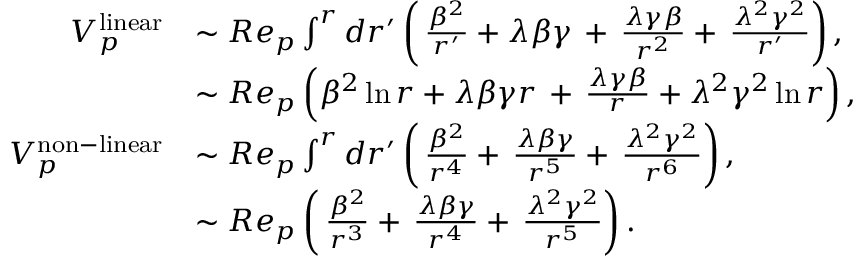
\begin{array} { r l } { V _ { p } ^ { \mathrm { l i n e a r } } } & { \sim R e _ { p } \int ^ { r } d r ^ { \prime } \left( \, \frac { \beta ^ { 2 } } { r ^ { \prime } } + \lambda \beta \gamma \, + \, \frac { \lambda \gamma \beta } { r ^ { 2 } } + \, \frac { \lambda ^ { 2 } \gamma ^ { 2 } } { r ^ { \prime } } \right) , } \\ & { \sim R e _ { p } \left( \beta ^ { 2 } \ln r + \lambda \beta \gamma r \, + \, \frac { \lambda \gamma \beta } { r } + \lambda ^ { 2 } \gamma ^ { 2 } \ln r \right) , } \\ { V _ { p } ^ { \mathrm { n o n - l i n e a r } } } & { \sim R e _ { p } \int ^ { r } d r ^ { \prime } \left( \, \frac { \beta ^ { 2 } } { r ^ { 4 } } + \, \frac { \lambda \beta \gamma } { r ^ { 5 } } + \, \frac { \lambda ^ { 2 } \gamma ^ { 2 } } { r ^ { 6 } } \right) , } \\ & { \sim R e _ { p } \left( \, \frac { \beta ^ { 2 } } { r ^ { 3 } } + \, \frac { \lambda \beta \gamma } { r ^ { 4 } } + \, \frac { \lambda ^ { 2 } \gamma ^ { 2 } } { r ^ { 5 } } \right) . } \end{array}